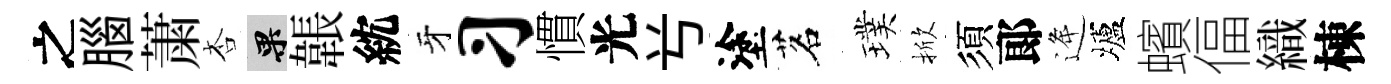
之腦䔥杏果韔紞牙习慣光𠔃塗茗璞掀須郞逄壚蠙偪織棟